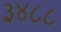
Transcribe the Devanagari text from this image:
३४८८